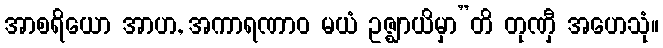
အာစရိယော အာဟ, အကာရဏာဝ မယံ ဥဇ္ဈာယိမှာ”တိ တုဏှီ အဟေသုံ။